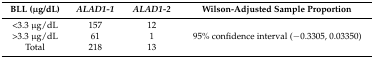
<table><thead><tr><td><b>BLL (μg/dL)</b></td><td><b><i>ALAD1-1</i></b></td><td><b><i>ALAD1-2</i></b></td><td><b>Wilson-Adjusted Sample Proportion</b></td></tr></thead><tbody><tr><td>&lt;3.3 μg/dL</td><td>157</td><td>12</td><td rowspan="3">95% confidence interval (−0.3305, 0.03350)</td></tr><tr><td>&gt;3.3 μg/dL</td><td>61</td><td>1</td></tr><tr><td>Total</td><td>218</td><td>13</td></tr></tbody></table>